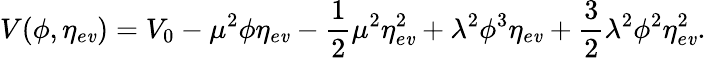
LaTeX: V(\phi,\eta_{e\mathit{v}})=V_{0}-\mu^{2}\phi\eta_{e\mathit{v}}-\frac{{1}}{{2}}\mu^{2}\eta_{e\mathit{v}}^{2}+\lambda^{2}\phi^{3}\eta_{e\mathit{v}}+\frac{{3}}{{2}}\lambda^{2}\phi^{2}\eta_{e\mathit{v}}^{2}.